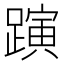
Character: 𨄻